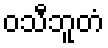
ဝသီဘူတံ